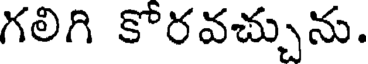
గలిగి కోరవచ్చును.